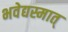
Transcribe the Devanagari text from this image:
भवेद्यस्मात्